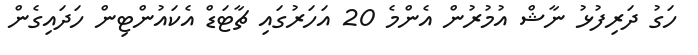
ހަގު ދަރިފުޅު ނާޝް އުމުރުން އެންމެ 20 އަހަރުގައި ޗާޓަޑް އެކައުންޓިން ހަދައިގެން